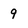
Character: 9